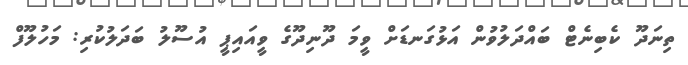
ތިނަދޫ ކެބިނެޓް ބައްދަލުވުން އަޅުގަނޑަށް ވީމަ ދޫނިދޫގެ ވީއައިޕީ އުސޫލު ބަދަލުކުރި: މަހުލޫފް